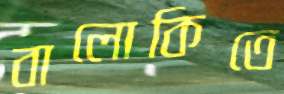
বালোকিতে